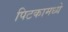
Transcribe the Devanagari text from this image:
पिटकामध्ये